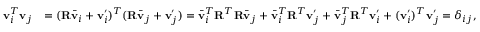
\begin{array} { r l } { \mathbf { v } _ { i } ^ { T } \mathbf { v } _ { j } } & { = ( \mathbf { R } \bar { \mathbf { v } } _ { i } + \mathbf { v } _ { i } ^ { \prime } ) ^ { T } ( \mathbf { R } \bar { \mathbf { v } } _ { j } + \mathbf { v } _ { j } ^ { \prime } ) = \bar { \mathbf { v } } _ { i } ^ { T } \mathbf { R } ^ { T } \mathbf { R } \bar { \mathbf { v } } _ { j } + \bar { \mathbf { v } } _ { i } ^ { T } \mathbf { R } ^ { T } \mathbf { v } _ { j } ^ { \prime } + \bar { \mathbf { v } } _ { j } ^ { T } \mathbf { R } ^ { T } \mathbf { v } _ { i } ^ { \prime } + ( \mathbf { v } _ { i } ^ { \prime } ) ^ { T } \mathbf { v } _ { j } ^ { \prime } = \delta _ { i j } , } \end{array}